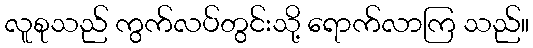
လူစုသည် ကွက်လပ်တွင်းသို့ ရောက်လာကြ သည်။